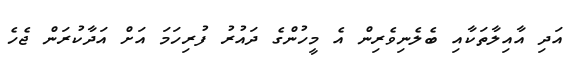
އަދި އާއިލާތަކާއި ބެލެނިވެރިން އެ މީހުންގެ ދައުރު ފުރިހަމަ އަށް އަދާކުރަން ޖެހެ